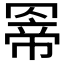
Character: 𮊊